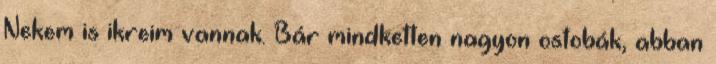
Nekem is ikreim vannak. Bár mindketten nagyon ostobák, abban